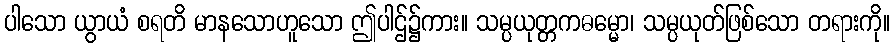
ပါသော ယွာယံ စရတိ မာနသောဟူသော ဤပါဌ်၌ကား။ သမ္ပယုတ္တကဓမ္မော၊ သမ္ပယုတ်ဖြစ်သော တရားကို။